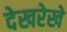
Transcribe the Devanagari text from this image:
देखरेखे